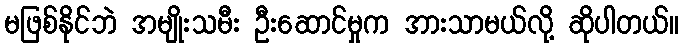
မဖြစ်နိုင်ဘဲ အမျိုးသမီး ဦးဆောင်မှုက အားသာမယ်လို့ ဆိုပါတယ်။